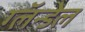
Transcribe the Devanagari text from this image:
ग्लॅन्डेल